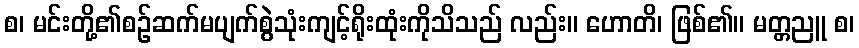
စ၊ မင်းတို့၏စဉ်ဆက်မပျက်စွဲသုံးကျင့်ရိုးထုံးကိုသိသည် လည်း။ ဟောတိ၊ ဖြစ်၏။ မတ္တညူ စ၊